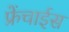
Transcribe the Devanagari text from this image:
फ्रेंचाईस